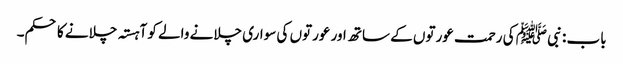
باب : نبی ﷺ کی رحمت عورتوں کے ساتھ اور عورتوں کی سواری چلانے والے کو آہستہ چلانے کا حکم۔